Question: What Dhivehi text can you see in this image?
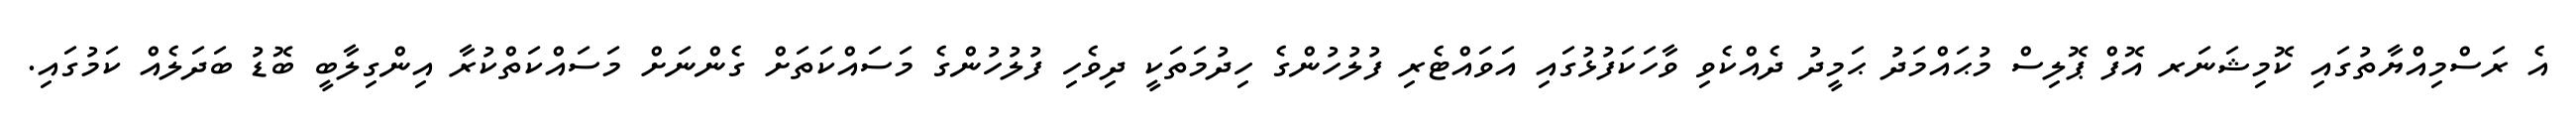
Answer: އެ ރަސްމިއްޔާތުގައި ކޮމިޝަނަރ އޮފް ޕޮލިސް މުޙައްމަދު ޙަމީދު ދެއްކެވި ވާހަކަފުޅުގައި އަވައްޓެރި ފުލުހުންގެ ހިދުމަތަކީ ދިވެހި ފުލުހުންގެ މަސައްކަތަށް ގެންނަށް މަސައްކަތްކުރާ އިންގިލާބީ ބޮޑު ބަދަލެއް ކަމުގައި.